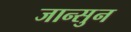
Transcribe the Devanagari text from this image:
जान्सुन